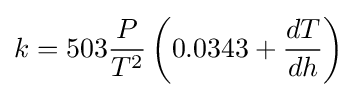
k=503{\frac {P}{T^{2}}}\left(0.0343+{\frac {dT}{dh}}\right)